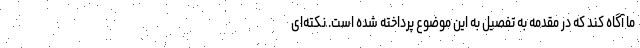
ما آگاه کند که در مقدمه به تفصیل به این موضوع پرداخته شده است. نکته‌ای